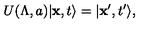
U ( \Lambda , a ) \vert { \bf x } , t \rangle = \vert { \bf x } ^ { \prime } , t ^ { \prime } \rangle ,